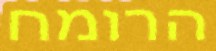
הרומח